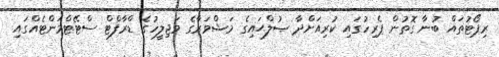
ރިޕޯޓުތައް ބުނާ ގޮތުން ޕެރިހުގައި ކުރިއަށްދާ ޞުލްޙައިގެ މަޝްވަރާގެ މަޖިލީހުގެ ޑްރާފްޓް ސްޓޭޓްމަންޓެއްގައި